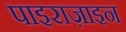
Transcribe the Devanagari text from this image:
पाइराज़ाइन